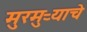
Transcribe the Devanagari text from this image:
मुरमुऱ्याचे